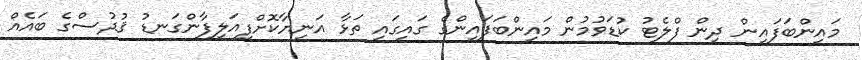
މައިންބަފައިން ދިން ފްލެޓު ކުޑަވުމުން މައިންބަފައިންގެ ގައިގައި ތަޅާ އަނިޔާކޮށްފިއަލިފާންގަނޑު ޤުދުސްގެ ބައެއް